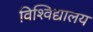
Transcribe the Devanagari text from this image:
विश्‍विद्यालय